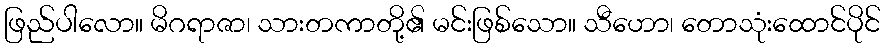
ဖြည်ပါလော။ မိဂရာဇာ၊ သားတကာတို့၏ မင်းဖြစ်သော။ သီဟော၊ တောသုံးထောင်ပိုင်